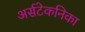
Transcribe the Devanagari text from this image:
अर्सटेकनिका